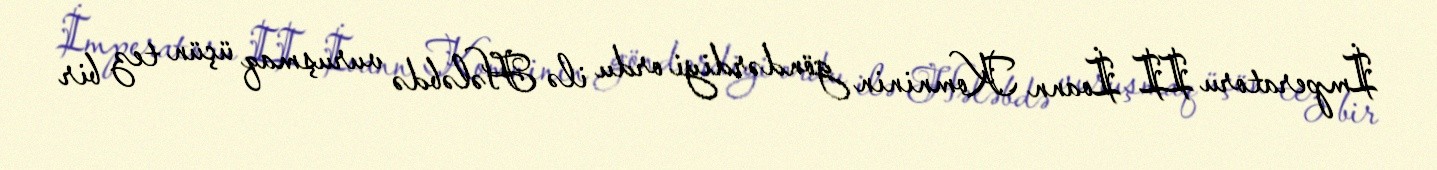
İmperatoru II İoann Komninin göndərdiyi ordu ilə Hələbdə vuruşmaq üçün tez bir